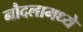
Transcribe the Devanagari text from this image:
नौदलामध्ये